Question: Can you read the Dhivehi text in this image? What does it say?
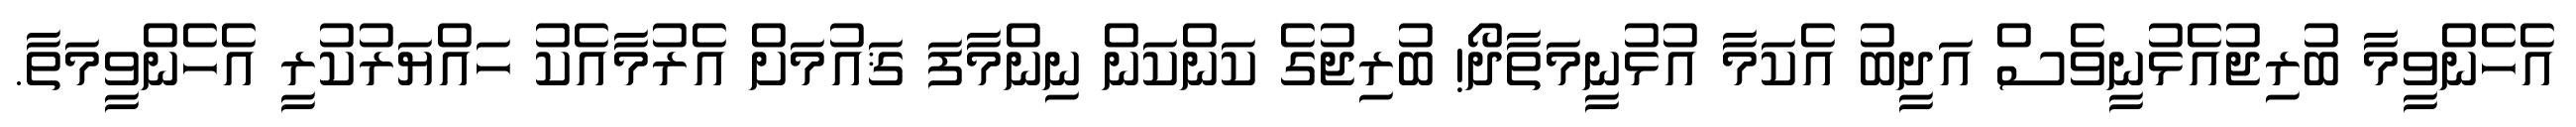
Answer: އެހެންވީމާ ބުރިޖުއެޅުނީވެސް އަދީބު އެކަމާ އުޅުނީމަތާދޯ! ބުރިޖުގެ ކަންކަން ނިންމާފަ ޤައުމަށް އެރުމާއެކު ހައްޔަރުކުރީ އެހެންވީމަތާ.